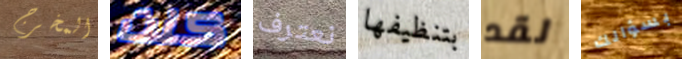
المخرج كنت نعترف بتنظيفها لقد بسؤالك